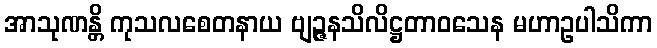
အာသုဏန္တိ ကုသလစေတနာယ ဗျဉ္ဇနသိလိဋ္ဌတာဝသေန မဟာဥပါသိကာ